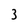
Character: 3